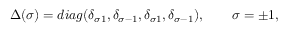
\Delta ( \sigma ) = d i a g ( \delta _ { \sigma 1 } , \delta _ { \sigma - 1 } , \delta _ { \sigma 1 } , \delta _ { \sigma - 1 } ) , \qquad \sigma = \pm 1 ,